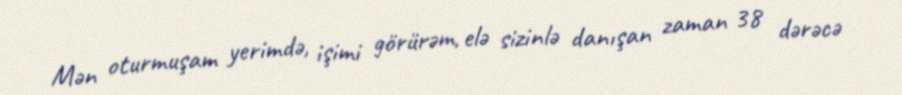
Mən oturmuşam yerimdə, işimi görürəm, elə sizinlə danışan zaman 38 dərəcə